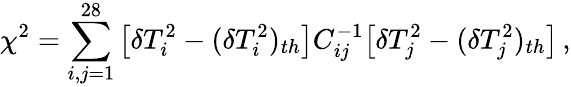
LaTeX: \chi^{2}=\sum_{i,j=1}^{28}\big[\delta T_{i}^{2}-(\delta T_{i}^{2})_{th}\big]C_{ij}^{-1}\big[\delta T_{j}^{2}-(\delta T_{j}^{2})_{th}\big]\, ,